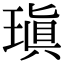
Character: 瑱